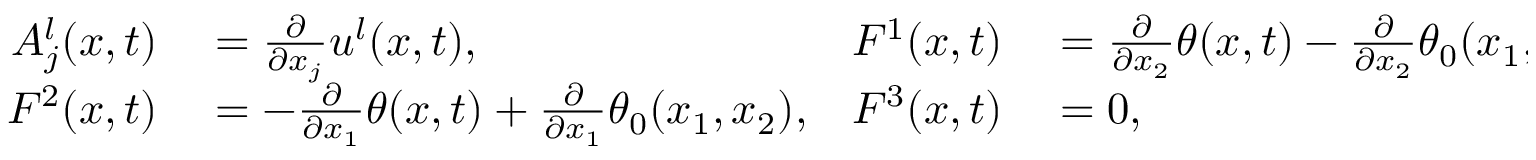
\begin{array} { r l r l } { A _ { j } ^ { l } ( x , t ) } & { { } = \frac { \partial } { \partial x _ { j } } u ^ { l } ( x , t ) , } & { F ^ { 1 } ( x , t ) } & { { } = \frac { \partial } { \partial x _ { 2 } } \theta ( x , t ) - \frac { \partial } { \partial x _ { 2 } } \theta _ { 0 } ( x _ { 1 } , x _ { 2 } ) , } \\ { F ^ { 2 } ( x , t ) } & { { } = - \frac { \partial } { \partial x _ { 1 } } \theta ( x , t ) + \frac { \partial } { \partial x _ { 1 } } \theta _ { 0 } ( x _ { 1 } , x _ { 2 } ) , } & { F ^ { 3 } ( x , t ) } & { { } = 0 , } \end{array}